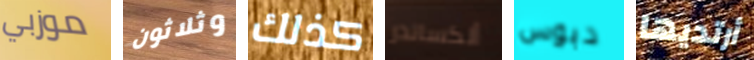
موزبي وثلاثون كذلك ألكساندر دبوس أرتديها